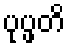
ပုပ္ဖတိ